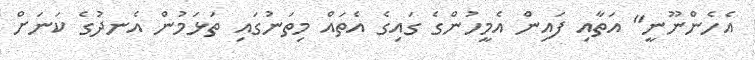
އެހެންނޫނީ" އަތާއި ފައިން އެމީހުންގެ ގައިގެ އެތައް މިތަނުގައި ތަޅަމުން އެނދުގެ ކަނަށް